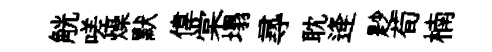
觥嗟燥默偉棠塌𡬶耽逄尟荀楠